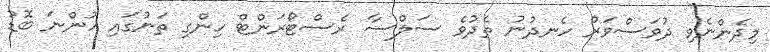
މިދެންނެވި ދުވަސްވަރު ހެނދުނު ތެދުވެ ސަލްސާ ރެސްޓޯރަންޓް ހިންގި ތަނުގައި ހުންނަ ބޮޑު